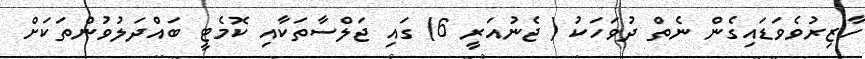
ހާޒިރުވެވަޑައިގެން ނެތް ދުވަހަކު ( ޖެނުއަރީ 6) ގައި ޖަލްސާތަކާއި ކޮމެޓީ ބައްދަލުވުންތަކަށް